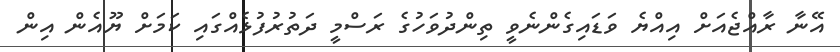
އޭނާ ރާއްޖެއަށް އިއްޔެ ވަޑައިގެންނެވީ ތިންދުވަހުގެ ރަސްމީ ދަތުރުފުޅެއްގައި ކަމަށް ޔޫއެން އިން